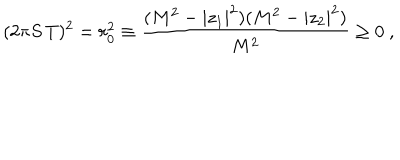
LaTeX: ( 2 \pi S \, T ) ^ { 2 } = r _ { 0 } ^ { 2 } \equiv { \frac { ( M ^ { 2 } - | z _ { 1 } | ^ { 2 } ) ( M ^ { 2 } - | z _ { 2 } | ^ { 2 } ) } { M ^ { 2 } } } \geq 0 \ ,